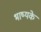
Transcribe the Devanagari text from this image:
भाष्यके